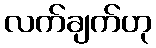
လက်ချက်ဟု